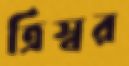
ত্রিস্বর